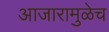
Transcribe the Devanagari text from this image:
आजारामुळेच